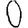
Digit: 0